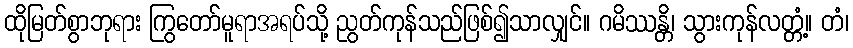
ထိုမြတ်စွာဘုရား ကြွတော်မူရာအရပ်သို့ ညွတ်ကုန်သည်ဖြစ်၍သာလျှင်။ ဂမိဿန္တိ၊ သွားကုန်လတ္တံ့။ တံ၊